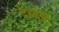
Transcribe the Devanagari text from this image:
दब्दबा